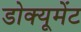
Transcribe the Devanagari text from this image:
डोक्यूमेंट